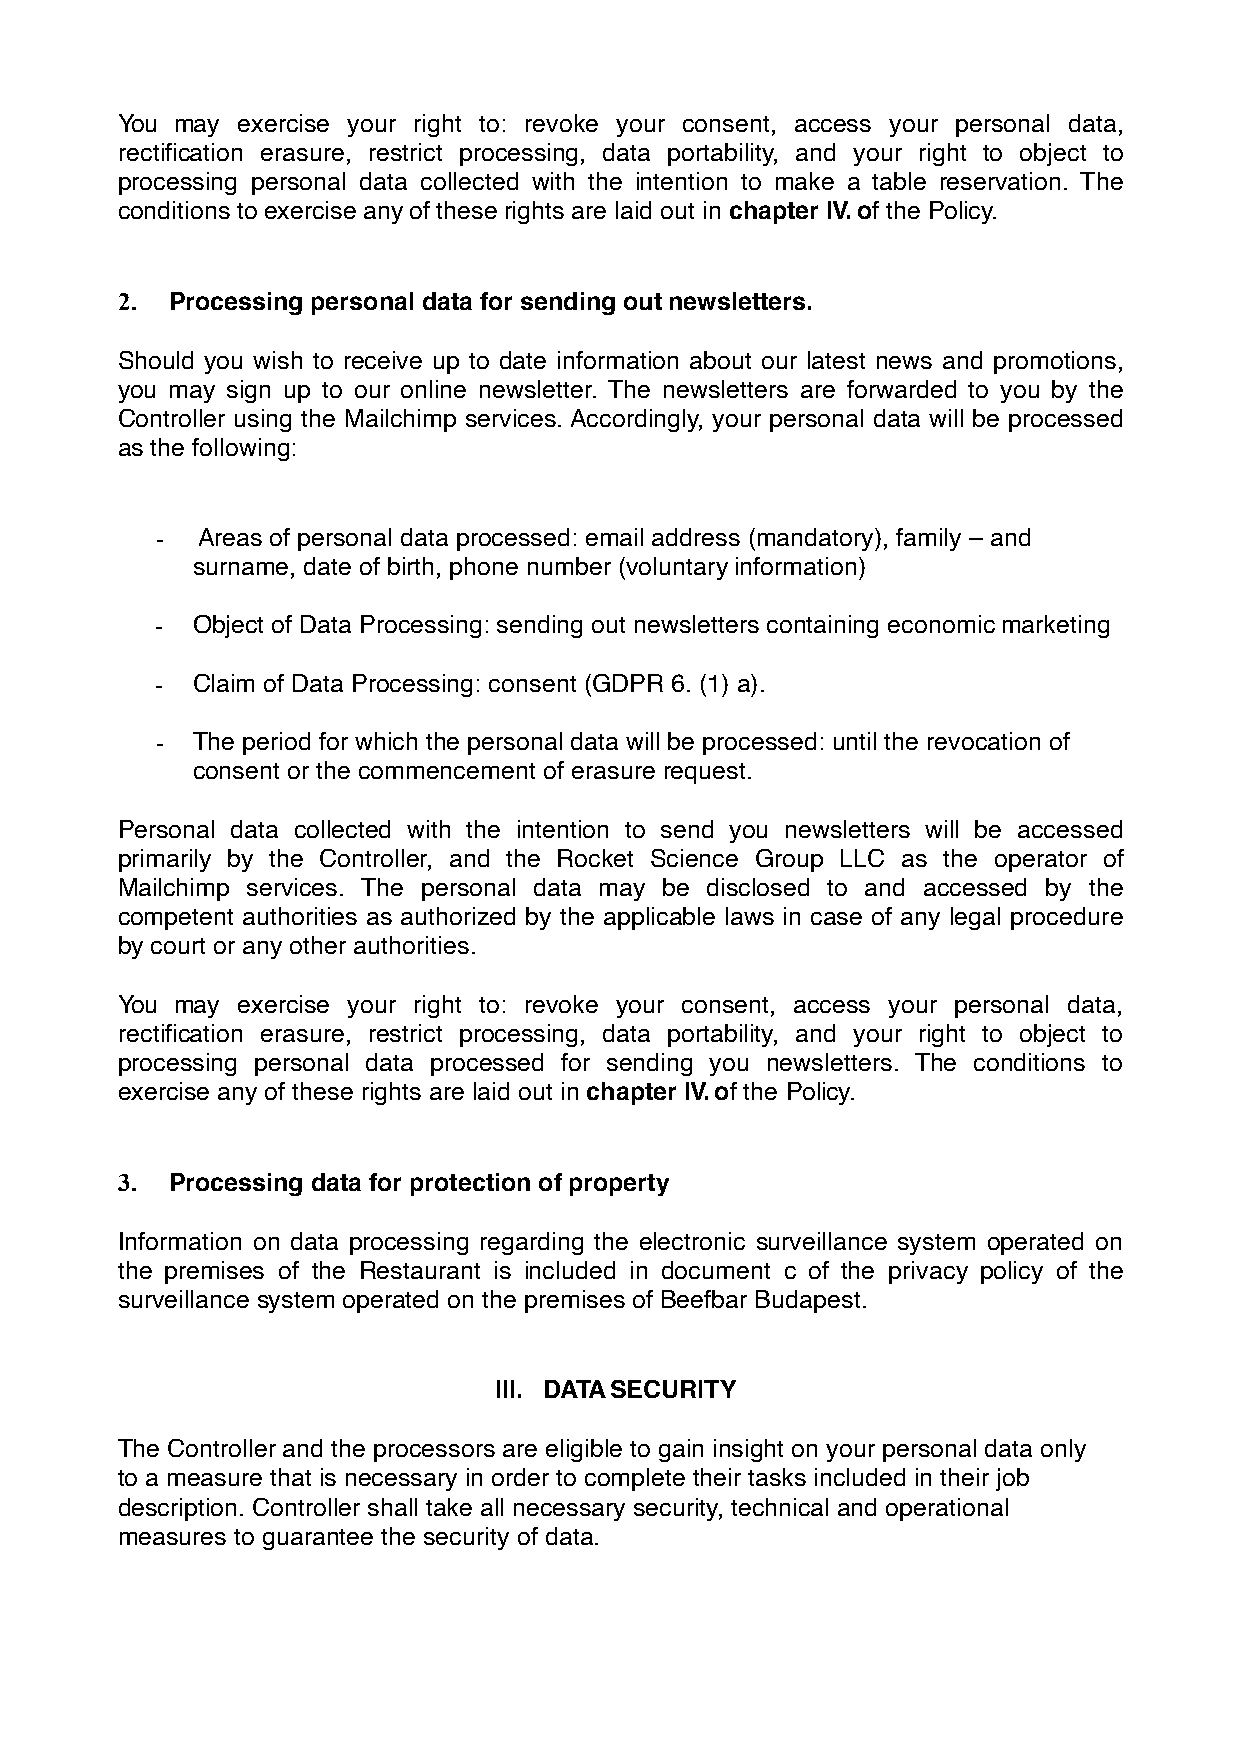
You may exercise your right to: revoke your consent, access your personal data,
 rectification erasure, restrict processing, data portability, and your right to object to
 processing personal data collected with the intention to make a table reservation. The
 conditions to exercise any of these rights are laid out in chapter IV. of the Policy.
 2. Processing personal data for sending out newsletters.
 Should you wish to receive up to date information about our latest news and promotions,
 you may sign up to our online newsletter. The newsletters are forwarded to you by the
 Controller using the Mailchimp services. Accordingly, your personal data will be processed
 as the following:
 -  Areas of personal data processed: email address (mandatory), family – and
 surname, date of birth, phone number (voluntary information)
 -  Object of Data Processing: sending out newsletters containing economic marketing
 -  Claim of Data Processing: consent (GDPR 6. (1) a).
 -  The period for which the personal data will be processed: until the revocation of
 consent or the commencement of erasure request.
 Personal data collected with the intention to send you newsletters will be accessed
 primarily by the Controller, and the Rocket Science Group LLC as the operator of
 Mailchimp services. The personal data may be disclosed to and accessed by the
 competent authorities as authorized by the applicable laws in case of any legal procedure
 by court or any other authorities.
 You may exercise your right to: revoke your consent, access your personal data,
 rectification erasure, restrict processing, data portability, and your right to object to
 processing personal data processed for sending you newsletters. The conditions to
 exercise any of these rights are laid out in chapter IV. of the Policy.
 3. Processing data for protection of property
 Information on data processing regarding the electronic surveillance system operated on
 the premises of the Restaurant is included in document c of the privacy policy of the
 surveillance system operated on the premises of Beefbar Budapest.
 III. DATA SECURITY
 The Controller and the processors are eligible to gain insight on your personal data only
 to a measure that is necessary in order to complete their tasks included in their job
 description. Controller shall take all necessary security, technical and operational
 measures to guarantee the security of data.